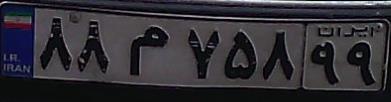
۸۸م۷۵۸۹۹